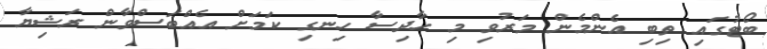
ބޯޓުގައި ތިބި އެންމެން މަރުވި މި ހާދިސާ ހިނގި ކަމަށް އެއްބަސްވާން ރަޝިޔާ